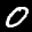
Label: 0